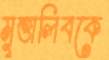
মুত্তালিবকে